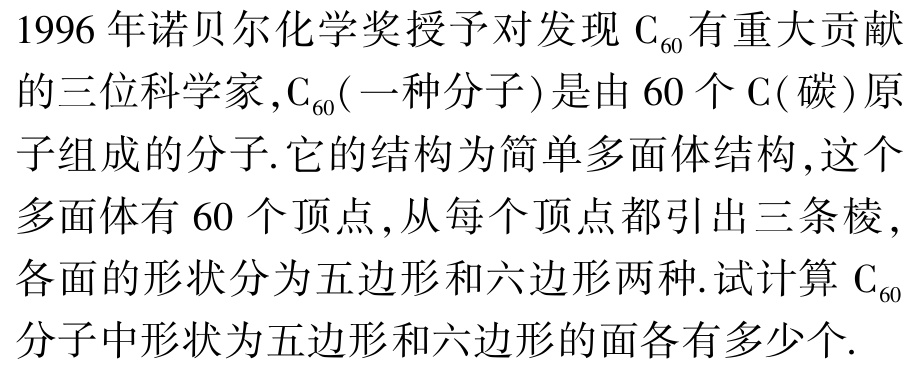
1996 年诺贝尔化学奖授予对发现 $\mathrm{C}_{60}$ 有重大贡献的三位科学家 ,$\mathrm{C}_{60}($一种分子$)$ 是由 $60$ 个 $\mathrm{C}($碳$)$ 原子组成的分子.它的结构为简单多面体结构 ,这个多面体有 $60$ 个顶点 ,从每个顶点都引出三条棱 ,各面的形状分为五边形和六边形两种.试计算 $\mathrm{C}_{60}$ 分子中形状为五边形和六边形的面各有多少个.